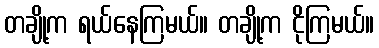
တချို့က ရယ်နေကြမယ်။ တချို့က ငိုကြမယ်။